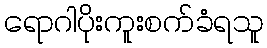
ရောဂါပိုးကူးစက်ခံရသူ